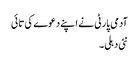
آدمی پارٹی نے اپنے دعوے کی تائی
نئی دہلی۔